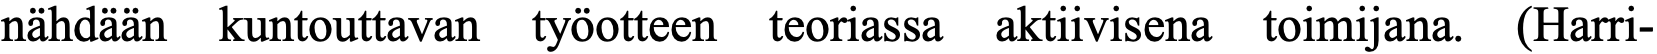
nähdään kuntouttavan työotteen teoriassa aktiivisena toimijana. (Harri-